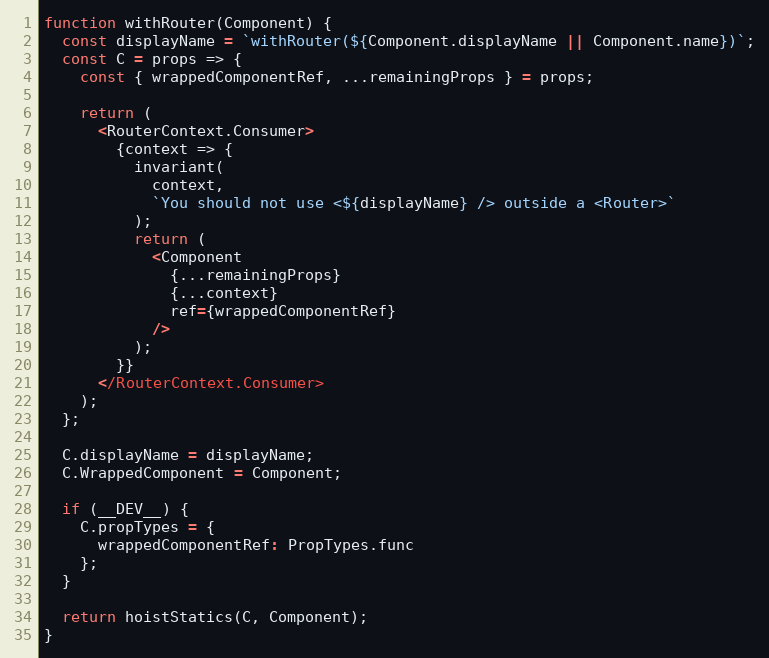
Language: JavaScript
function withRouter(Component) {
  const displayName = `withRouter(${Component.displayName || Component.name})`;
  const C = props => {
    const { wrappedComponentRef, ...remainingProps } = props;

    return (
      <RouterContext.Consumer>
        {context => {
          invariant(
            context,
            `You should not use <${displayName} /> outside a <Router>`
          );
          return (
            <Component
              {...remainingProps}
              {...context}
              ref={wrappedComponentRef}
            />
          );
        }}
      </RouterContext.Consumer>
    );
  };

  C.displayName = displayName;
  C.WrappedComponent = Component;

  if (__DEV__) {
    C.propTypes = {
      wrappedComponentRef: PropTypes.func
    };
  }

  return hoistStatics(C, Component);
}